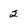
Character: 2